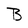
Character: B